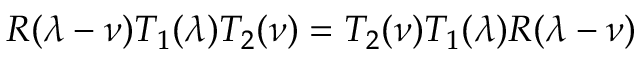
R ( \lambda - \nu ) T _ { 1 } ( \lambda ) T _ { 2 } ( \nu ) = T _ { 2 } ( \nu ) T _ { 1 } ( \lambda ) R ( \lambda - \nu )